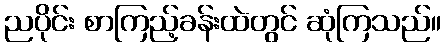
ညပိုင်း စာကြည့်ခန်းထဲတွင် ဆုံကြသည်။